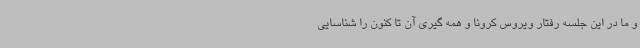
و ما در این جلسه رفتار ویروس کرونا و همه گیری آن تا کنون را شناسایی